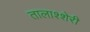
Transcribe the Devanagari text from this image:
तालाश्शेरी